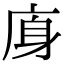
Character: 𢈯